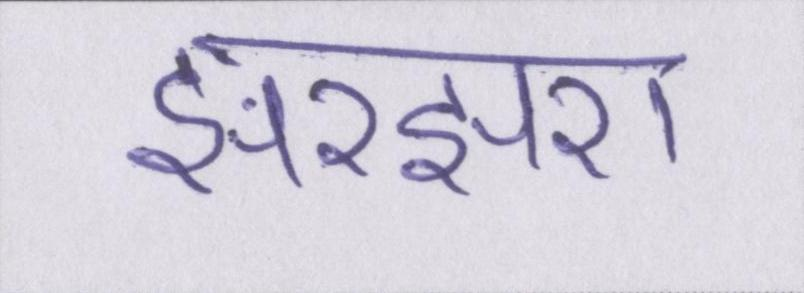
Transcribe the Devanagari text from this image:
झरझरा